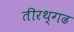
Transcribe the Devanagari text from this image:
तीरथ्गढ